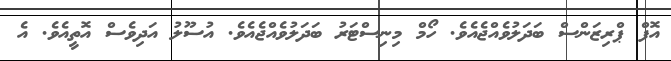
އޮފް ޕްރިޒަންސް ބަދަލުވެއްޖެއެވެ. ހޯމް މިނިސްޓަރު ބަދަލުވެއްޖެއެވެ. އުސޫލު އަދިވެސް އޮތީއެވެ. އެ